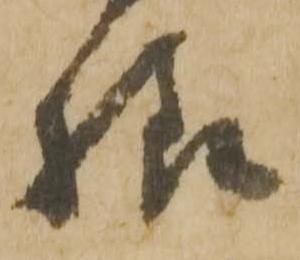
様